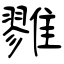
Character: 雡